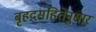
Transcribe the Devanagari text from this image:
बृहदसंहितेनुसार